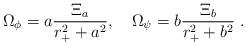
LaTeX: \begin{align*}{\Omega}_{\phi}= a {{\Xi}_a \over r_{+}^2+a^2},\quad{\Omega}_{\psi}= b {{\Xi}_b \over r_{+}^2+b^2}\ .\end{align*}